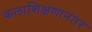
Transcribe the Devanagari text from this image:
कलाशिक्षणानंतर